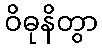
ဝိဓုနိတွာ